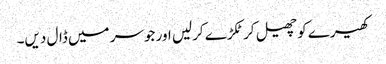
کھیرے کو چھیل کر ٹکڑے کرلیں اور جوسر میں ڈال دیں۔